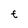
Character: e